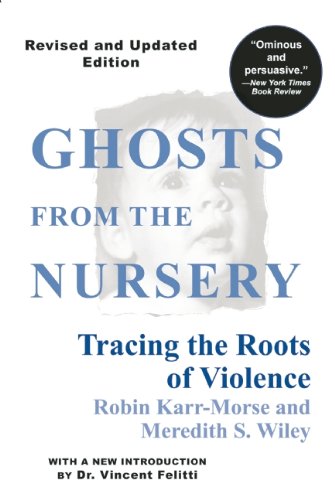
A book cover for Ghosts from the Nursery: Tracing the Roots of Violence; Robin Karr-Morse; Parenting & Relationships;